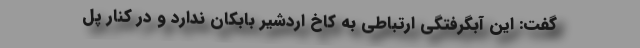
گفت: این آبگرفتگی ارتباطی به کاخ اردشیر بابکان ندارد و در کنار پل